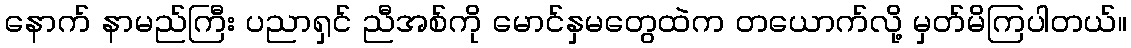
နောက် နာမည်ကြီး ပညာရှင် ညီအစ်ကို မောင်နှမတွေထဲက တယောက်လို့ မှတ်မိကြပါတယ်။